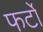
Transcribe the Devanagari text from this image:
फर्टो